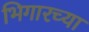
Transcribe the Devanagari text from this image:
भिगारच्या